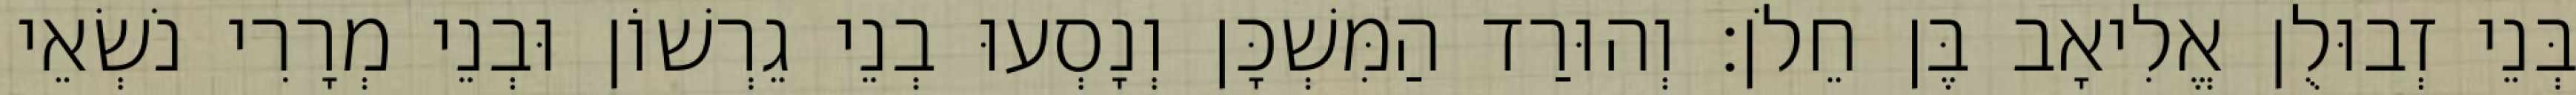
בְּנֵי זְבוּלֻן אֱלִיאָב בֶּן חֵלֹן׃ וְהוּרַד הַמִּשְׁכָּן וְנָסְעוּ בְנֵי גֵרְשׁוֹן וּבְנֵי מְרָרִי נֹשְׂאֵי